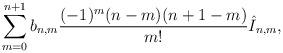
LaTeX: \begin{align*} \sum_{m=0}^{n+1}b_{n,m}\frac{(-1)^m(n-m)(n+1-m)}{m!}\hat{I}_{n,m},\end{align*}